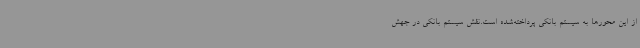
از این محورها به سیستم بانکی پرداخته‌شده است.نقش سیستم بانکی در جهش